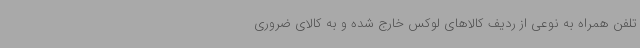
تلفن همراه به نوعی از ردیف کالاهای لوکس خارج شده و به کالای ضروری